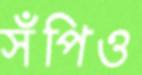
সঁপিও